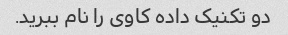
دو تکنیک داده کاوی را نام ببرید.